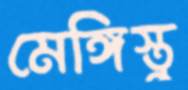
মেঙ্গিস্তু